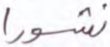
نشورا